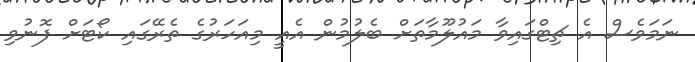
ނަމަވެސް އެ ޗިޓްގައިވާ މައުލޫމާތަށް ބެލުމުން އެއީ މިއަހަރުގެ ތެރޭގައި ކޯޓަށް ފޮނުވި